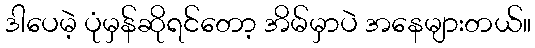
ဒါပေမဲ့ ပုံမှန်ဆိုရင်တော့ အိမ်မှာပဲ အနေများတယ်။